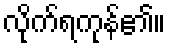
လိုက်ရကုန်၏။